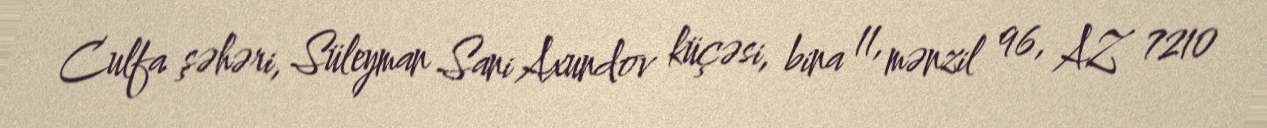
Culfa şəhəri, Süleyman Sani Axundov küçəsi, bina 11, mənzil 96, AZ 7210